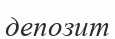
депозит